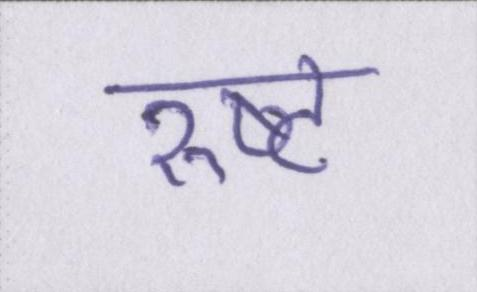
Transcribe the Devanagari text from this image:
रुष्ट